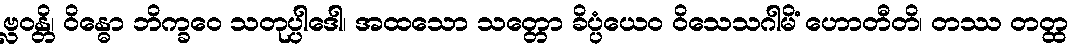
ဗ္လဝန္တိ၊ ဝိန္ဓော ဘိက္ခဝေ သတုပ္ပါဒေါ၊ အထသော သတ္တော ခိပ္ပံယေဝ ဝိသေသဂါမိံ ဟောတီတိ၊ တဿ တတ္ထ